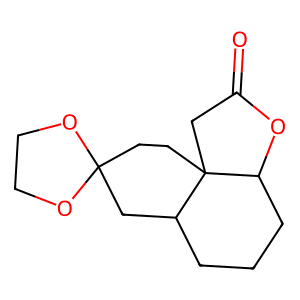
SMILES: O=C1CC23CCC4(CC2CCCC3O1)OCCO4
Inhibits HIV replication: No